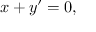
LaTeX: x + y \prime = 0 ,